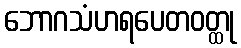
ဘောဂသံဟရပေတဝတ္ထု